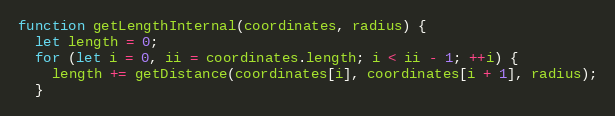
Language: JavaScript
function getLengthInternal(coordinates, radius) {
  let length = 0;
  for (let i = 0, ii = coordinates.length; i < ii - 1; ++i) {
    length += getDistance(coordinates[i], coordinates[i + 1], radius);
  }